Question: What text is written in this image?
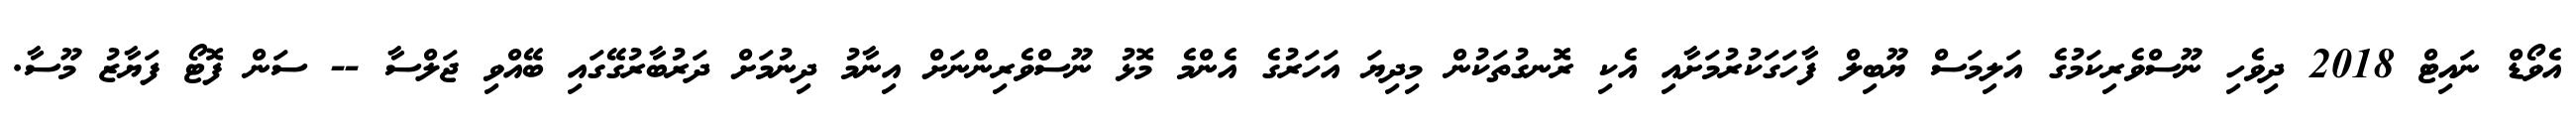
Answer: އެވޯޑް ނައިޓް 2018 ދިވެހި ނޫސްވެރިކަމުގެ އަލިމަސް ޔޫބިލް ފާހަގަކުރުމަށާއި އެކި ރޮނގުތަކުން މިދިޔަ އަހަރުގެ އެންމެ މޮޅު ނޫސްވެރިންނަށް އިނާމު ދިނުމަށް ދަރުބާރުގޭގައި ބޭއްވި ޖަލްސާ -- ސަން ފޮޓޯ ފަޔާޒު މޫސާ.